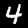
Label: 4